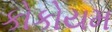
કોકોયમ